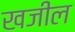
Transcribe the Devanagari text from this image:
खजील